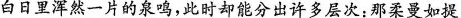
白日里浑然一片的泉鸣，此时却能分出许多层次：那柔曼如提